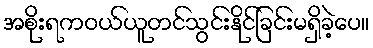
အစိုးရကဝယ်ယူတင်သွင်းနိုင်ခြင်းမရှိခဲ့ပေ။